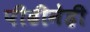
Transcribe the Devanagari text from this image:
पीढीनेही